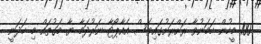
100 މީހުން ހަމަނުވާ ރަށްރަށުގައިވެސް އެއާޕޯޓާ ނަރުދަމާ ޔާ މަގުތައް މި ހަދަނީ